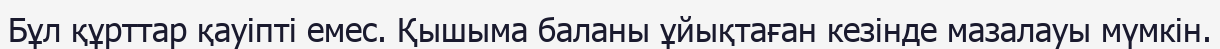
Бұл құрттар қауіпті емес. Қышыма баланы ұйықтаған кезінде мазалауы мүмкін.